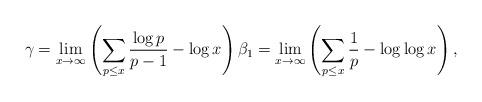
LaTeX: \begin{align*} \gamma =\lim_{x \rightarrow \infty }\left(\sum _{ p\leq x } \frac{\log p}{p-1}-\log x\right) \beta _1=\lim_{x \rightarrow \infty } \left(\sum _{ p\leq x } \frac{1}{p}-\log \log x\right),\end{align*}